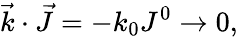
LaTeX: {\vec{k}}\cdot{\vec{J}}=-k_{0}J^{0}\rightarrow 0,